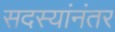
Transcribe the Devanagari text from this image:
सदस्यांनंतर